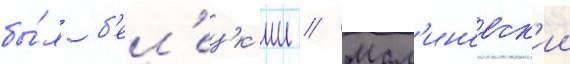
бы́л б'ел'ецк'ии // Мал'иновск'ии